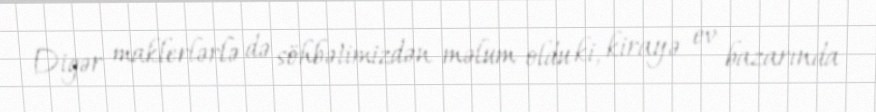
Digər maklerlərlə də söhbətimizdən məlum oldu ki, kirayə ev bazarında